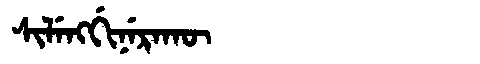
Manchu: ᠰᡳᠯᡝᠩᡤᡳᠨᡝᡵᠠᡴᡡ
Romanization: SILENGGINERAKŪ